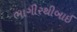
ભાગીરથીબાઈ